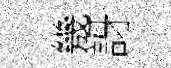
㡬訝